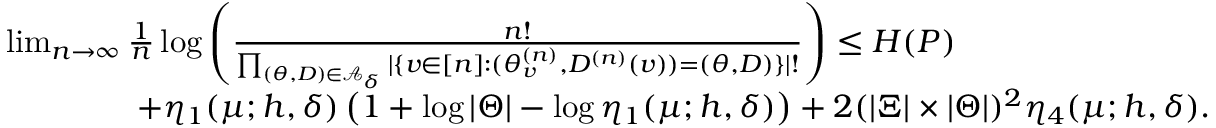
\begin{array} { r l } & { \operatorname* { l i m } _ { n \rightarrow \infty } \frac { 1 } { n } \log \left( \frac { n ! } { \prod _ { ( \theta , D ) \in \mathcal { A } _ { \delta } } | \{ v \in [ n ] : ( \theta _ { v } ^ { ( n ) } , D ^ { ( n ) } ( v ) ) = ( \theta , D ) \} | ! } \right) \leq H ( P ) } \\ & { \qquad \qquad + \eta _ { 1 } ( \mu ; h , \delta ) \left( 1 + \log | \Theta | - \log \eta _ { 1 } ( \mu ; h , \delta ) \right) + 2 ( | \Xi | \times | \Theta | ) ^ { 2 } \eta _ { 4 } ( \mu ; h , \delta ) . } \end{array}